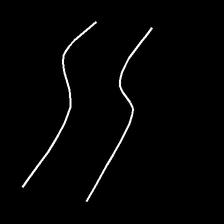
Glyph: float